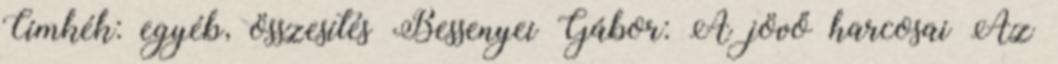
Címkék: egyéb, összesítés Bessenyei Gábor: A jövő harcosai Az